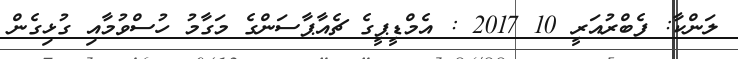
ލަންކާ: ފެެބްރުއަރީ 10 2017 : އެމްޑީޕީގެ ޗެއާޕާސަންގެ މަގާމު ހުސްވުމާއި ގުޅިގެން